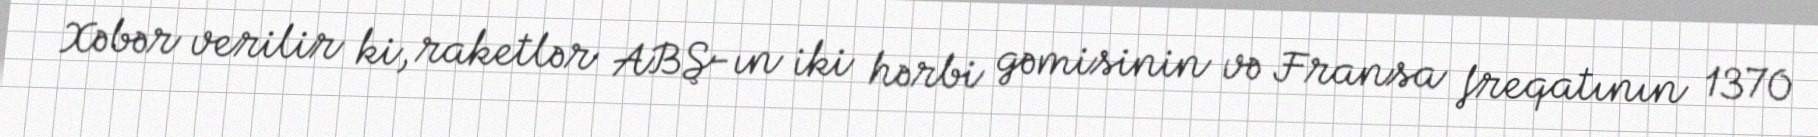
Xəbər verilir ki, raketlər ABŞ-ın iki hərbi gəmisinin və Fransa freqatının 1370